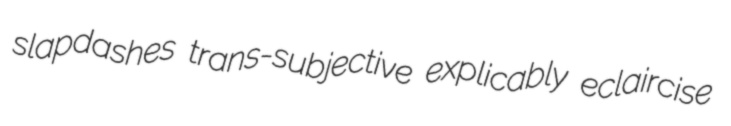
slapdashes trans-subjective explicably eclaircise